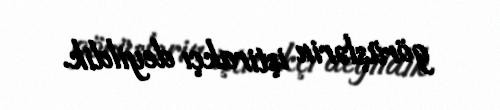
görüşlərin iştirakçı deyildik.